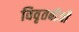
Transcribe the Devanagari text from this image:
विवृतबीजी